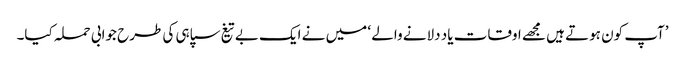
’آپ کون ہوتے ہیں مجھے اوقات یاد دلانے والے ‘ میں نے ایک بے تیغ سپاہی کی طرح جوابی حملہ کیا۔